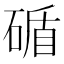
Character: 碷